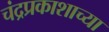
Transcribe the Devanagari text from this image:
चंद्रप्रकाशाच्या